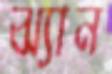
ঝ্যান